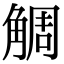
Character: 𧣷